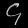
Digit: ၄